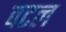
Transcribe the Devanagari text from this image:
वटल